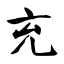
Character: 充